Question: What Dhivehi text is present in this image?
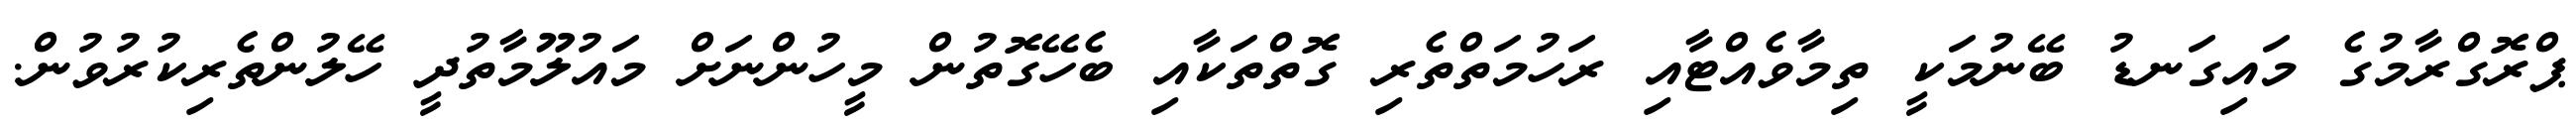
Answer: ޕްރޮގްރާމުގެ މައިގަނޑު ބޭނުމަކީ ތިމާވެއްޓާއި ރަހުމަތްތެރި ގޮތްތަކާއި ބެހޭގޮތުން މީހުންނަށް މައުލޫމާތުދީ ހޭލުންތެރިކުރުވުން.